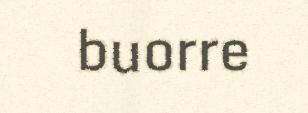
buorre